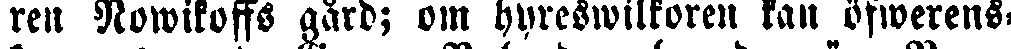
ren Nowikoffs gård; om hyreswilkoren kan öfwerens-